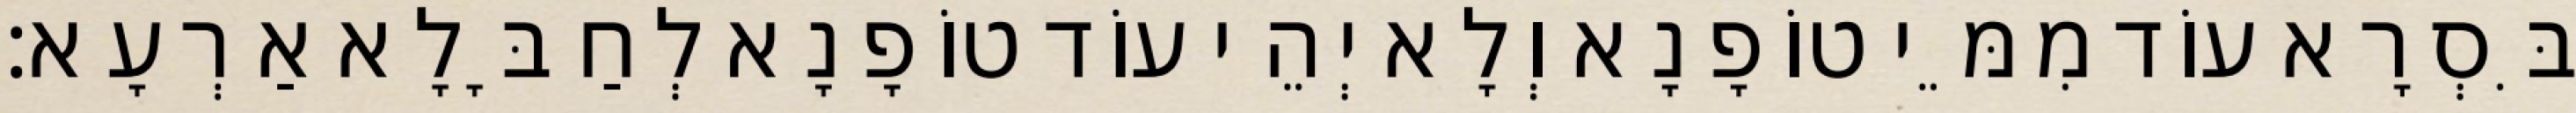
בִּסְרָא עוֹד מִמֵּי טוֹפָנָא וְלָא יְהֵי עוֹד טוֹפָנָא לְחַבָּלָא אַרְעָא׃